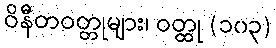
ဝိနီတဝတ္တုများ၊ ဝတ္ထု (၁၀၃)